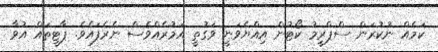
ކަމެއް ނުކުރަން ސްޕްރީމު ކޯޓުން އިއްޔެވަނީ ވަގުތީ އަމުރެއްވެސް ނެރެފައެވެ. ޕާޓީތައް އުވާ